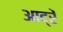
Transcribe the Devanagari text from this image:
आद्रें